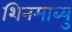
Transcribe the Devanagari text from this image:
शिनमाब्यु